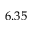
6 . 3 5